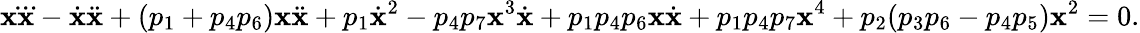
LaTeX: \mathbf{x}\dddot{\mathbf{x}}-\dot{{\mathbf{x}}}\ddot{{\mathbf{x}}}+(p_{1}+p_{4}p_{6})\mathbf{x}\ddot{{\mathbf{x}}}+p_{1}\dot{{\mathbf{x}}}^{2}-p_{4}p_{7}\mathbf{x}^{3}\dot{{\mathbf{x}}}+p_{1}p_{4}p_{6}\mathbf{x}\dot{{\mathbf{x}}}+p_{1}p_{4}p_{7}\mathbf{x}^{4}+p_{2}(p_{3}p_{6}-p_{4}p_{5})\mathbf{x}^{2}=0.